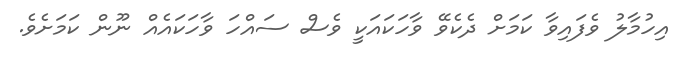
އިހުމާލު ވެފައިވާ ކަމަށް ދެކެވޭ ވާހަކައަކީ ވެސް ސައްހަ ވާހަކައެއް ނޫން ކަމަށެވެ.